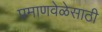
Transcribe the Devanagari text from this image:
प्रमाणवेळेसाठी